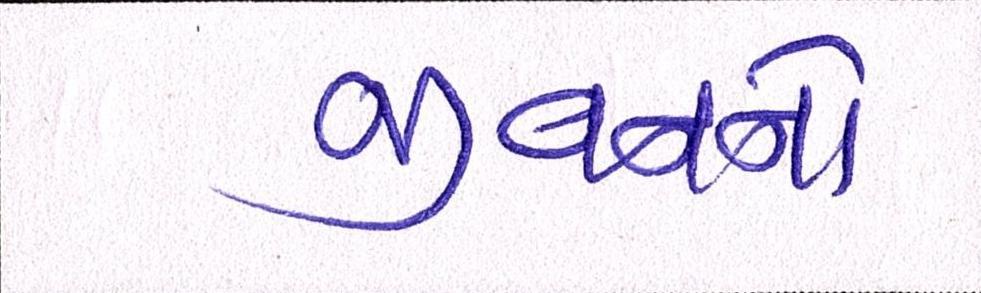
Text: જીવનનો